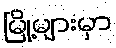
မြို့များမှာ